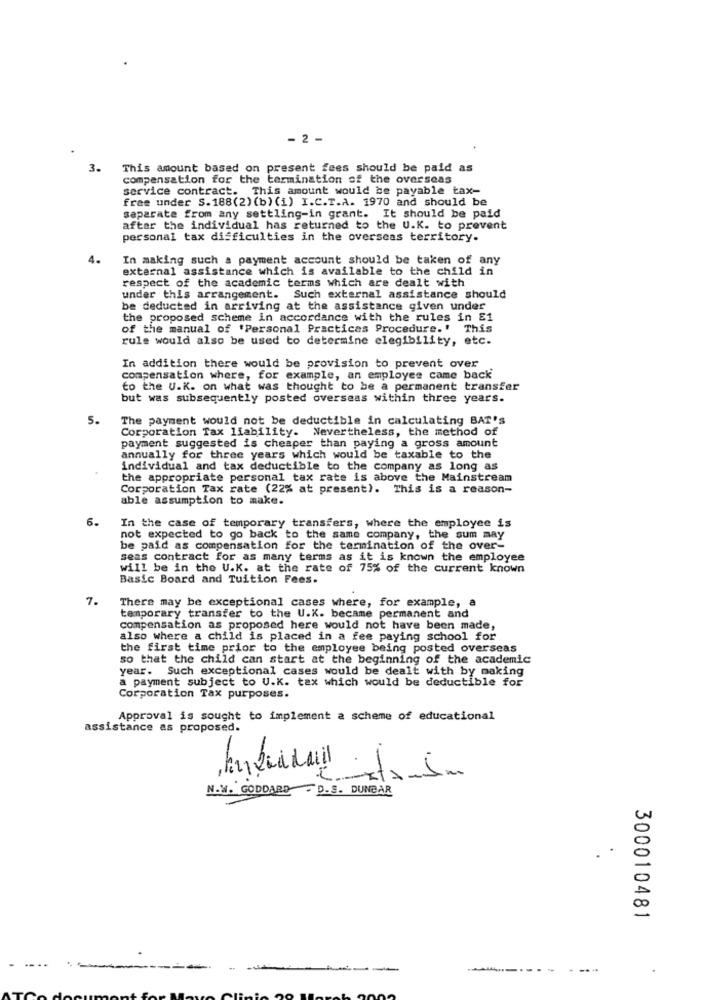
- 2 -
3.
This amount based on present fees should be paid as
compensation for the termination of the overseas
service contract. This amount would be payable tax-
free under S. 188(2) (b) (i) I.C.T.A. 1970 and should be
separate from any settling-in grant. It should be paid
after the individual has returned to the U.K. to prevent
personal tax difficulties in the overseas territory.
4.
In making such a payment account should be taken of any
external assistance which is available to the child in
respect of the academic terms which are dealt with
under this arrangement. Such external assistance should
be deducted in arriving at the assistance given under
the proposed scheme in accordance with the rules in E1
of the manual of 'Personal Practices Procedure.' This
rule would also be used to determine elegibility, etc.
In addition there would be provision to prevent over
compensation where, for example, an employee came back
to the U.K. on what was thought to be a permanent transfer
but was subsequently posted overseas within three years.
5.
The payment would not be deductible in calculating BAT's
Corporation Tax liability. Nevertheless, the method of
payment suggested is cheaper than paying a gross amount
annually for three years which would be taxable to the
individual and tax deductible to the company as long as
the appropriate personal tax rate is above the Mainstream
Corporation Tax rate (22% at present). This is a reason-
able assumption to make.
6.
In the case of temporary transfers, where the employee is
not expected to go back to the same company, the sum may
be paid as compensation for the termination of the over-
seas contract for as many terms as it is known the employee
will be in the U.K. at the rate of 75% of the current known
Basic Board and Tuition Fees.
7.
There may be exceptional cases where, for example, a
temporary transfer to the U.K. became permanent and
compensation as proposed here would not have been made,
also where a child is placed in a fee paying school for
the first time prior to the employee being posted overseas
so that the child can start at the beginning of the academic
year. Such exceptional cases would be dealt with by making
a payment subject to U.K. tax which would be deductible for
Corporation Tax purposes.
Approval is sought to implement a scheme of educational
assistance as proposed.
-
N.W. GODDARD . D.S. DUNBAR
.
.
300010481
-